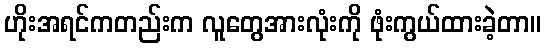
ဟိုးအရင်ကတည်းက လူတွေအားလုံးကို ဖုံးကွယ်ထားခဲ့တာ။